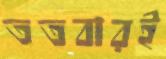
ততবারই